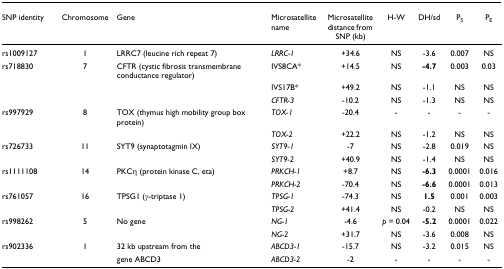
| SNP identity | Chromosome | Gene | Microsatellite name | Microsatellite distance from SNP (kb) | H-W | DH/sd | PS | PE |
 | --- | --- | --- | --- | --- | --- | --- | --- | --- |
 | rs1009127 | 1 | LRRC7 (leucine rich repeat 7) | LRRC-1 | +34.6 | NS | -3.6 | 0.007 | NS |
 | rs718830 | 7 | CFTR (cystic fibrosis transmembrane conductance regulator) | IVS8CA* | +14.5 | NS | -4.7 | 0.003 | 0.03 |
 |  |  |  | IVS17B* | +49.2 | NS | -1.1 | NS | NS |
 |  |  |  | CFTR-3 | -10.2 | NS | -1.3 | NS | NS |
 | rs997929 | 8 | TOX (thymus high mobility group box protein) | TOX-1 | -20.4 | - | - | - | - |
 |  |  |  | TOX-2 | +22.2 | NS | -1.2 | NS | NS |
 | rs726733 | 11 | SYT9 (synaptotagmin IX) | SYT9-1 | -7 | NS | -2.8 | 0.019 | NS |
 |  |  |  | SYT9-2 | +40.9 | NS | -1.4 | NS | NS |
 | rs1111108 | 14 | PKCη (protein kinase C, eta) | PRKCH-1 | +8.7 | NS | -6.3 | 0.0001 | 0.016 |
 |  |  |  | PRKCH-2 | -70.4 | NS | -6.6 | 0.0001 | 0.013 |
 | rs761057 | 16 | TPSG1 (γ-triptase 1) | TPSG-1 | -74.3 | NS | 1.5 | 0.001 | 0.003 |
 |  |  |  | TPSG-2 | +41.4 | NS | -0.2 | NS | NS |
 | rs998262 | 5 | No gene | NG-1 | -4.6 | p = 0.04 | -5.2 | 0.0001 | 0.022 |
 |  |  |  | NG-2 | +31.7 | NS | -3.6 | 0.008 | NS |
 | rs902336 | 1 | 32 kb upstream from the | ABCD3-1 | -15.7 | NS | -3.2 | 0.015 | NS |
 |  |  | gene ABCD3 | ABCD3-2 | -2 | - | - | - | - |